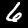
Label: 6